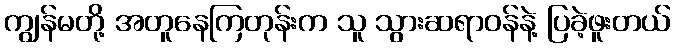
ကျွန်မတို့ အတူနေကြတုန်းက သူ သွားဆရာဝန်နဲ့ ပြခဲ့ဖူးတယ်